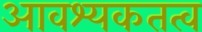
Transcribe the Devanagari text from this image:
आवश्यकतत्व